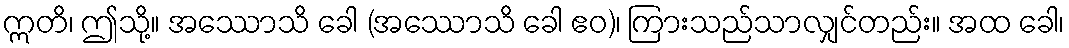
ဣတိ၊ ဤသို့။ အဿောသိ ခေါ (အဿောသိ ခေါ ဧဝ)၊ ကြားသည်သာလျှင်တည်း။ အထ ခေါ၊